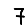
Digit: 7